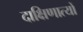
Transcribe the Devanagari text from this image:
दाक्षिणात्यों